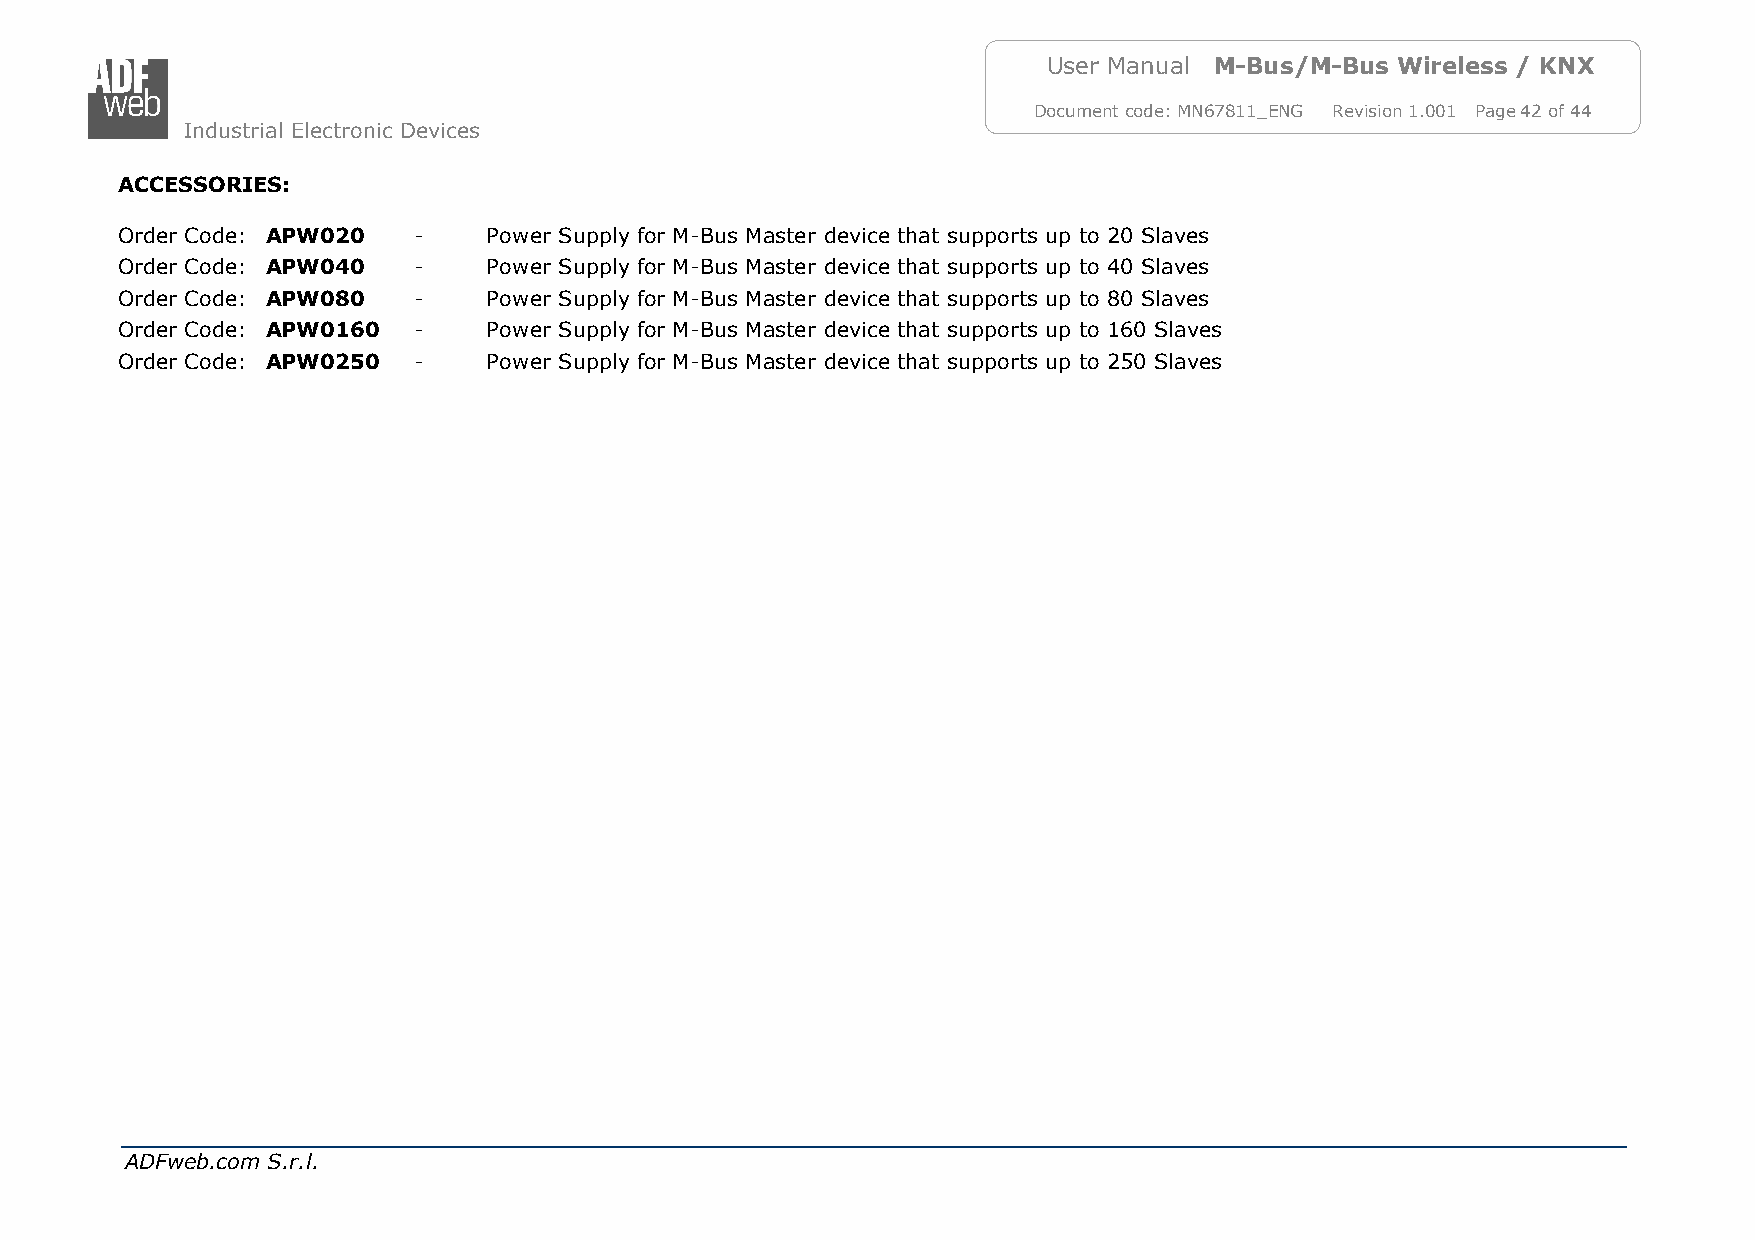
User Manual M-Bus/M-Bus Wireless / KNX
 Document code: MN67811_ENG Revision 1.001 Page 42 of 44
 Industrial Electronic Devices
 ACCESSORIES:
 Order Code: APW020 -    Power Supply for M-Bus Master device that supports up to 20 Slaves
 Order Code: APW040 -    Power Supply for M-Bus Master device that supports up to 40 Slaves
 Order Code: APW080 -    Power Supply for M-Bus Master device that supports up to 80 Slaves
 Order Code: APW0160 -   Power Supply for M-Bus Master device that supports up to 160 Slaves
 Order Code: APW0250 -   Power Supply for M-Bus Master device that supports up to 250 Slaves
 ADFweb.com S.r.l.